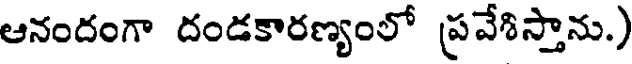
ఆనందంగా దండకారణ్యంలో ప్రవేశిస్తాను.)